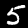
Label: 5